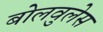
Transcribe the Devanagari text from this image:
बोलवुलेस